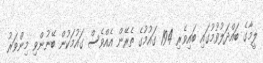
ލީމާގެ ބައްދަލުވުމުގައި ބައިވެރި 194 ގައުމުގެ ތެރޭން އެއްވެސް ގައުމަކުން ބޭނުންވި މިންވަރު